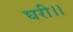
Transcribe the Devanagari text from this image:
घरी।।